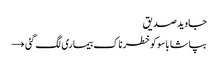
جاوید صدیق
بپاشا باسوکوخطرناک بیماری لگ گئی →